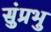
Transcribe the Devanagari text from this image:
सुंप्रभु